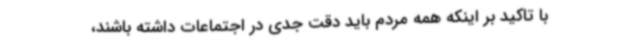
با تاکید بر اینکه همه مردم باید دقت جدی در اجتماعات داشته باشند،